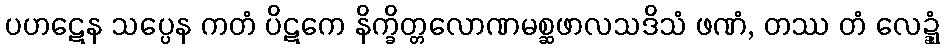
ပဟဋေန သပ္ပေန ကတံ ပိဋကေ နိက္ခိတ္တလောဏမစ္ဆဖာလသဒိသံ ဖဏံ, တဿ တံ လေဍ္ဍုံ